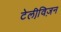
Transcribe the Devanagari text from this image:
टेलीवि़ज़न